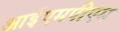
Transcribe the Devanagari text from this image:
आईएमपीएम